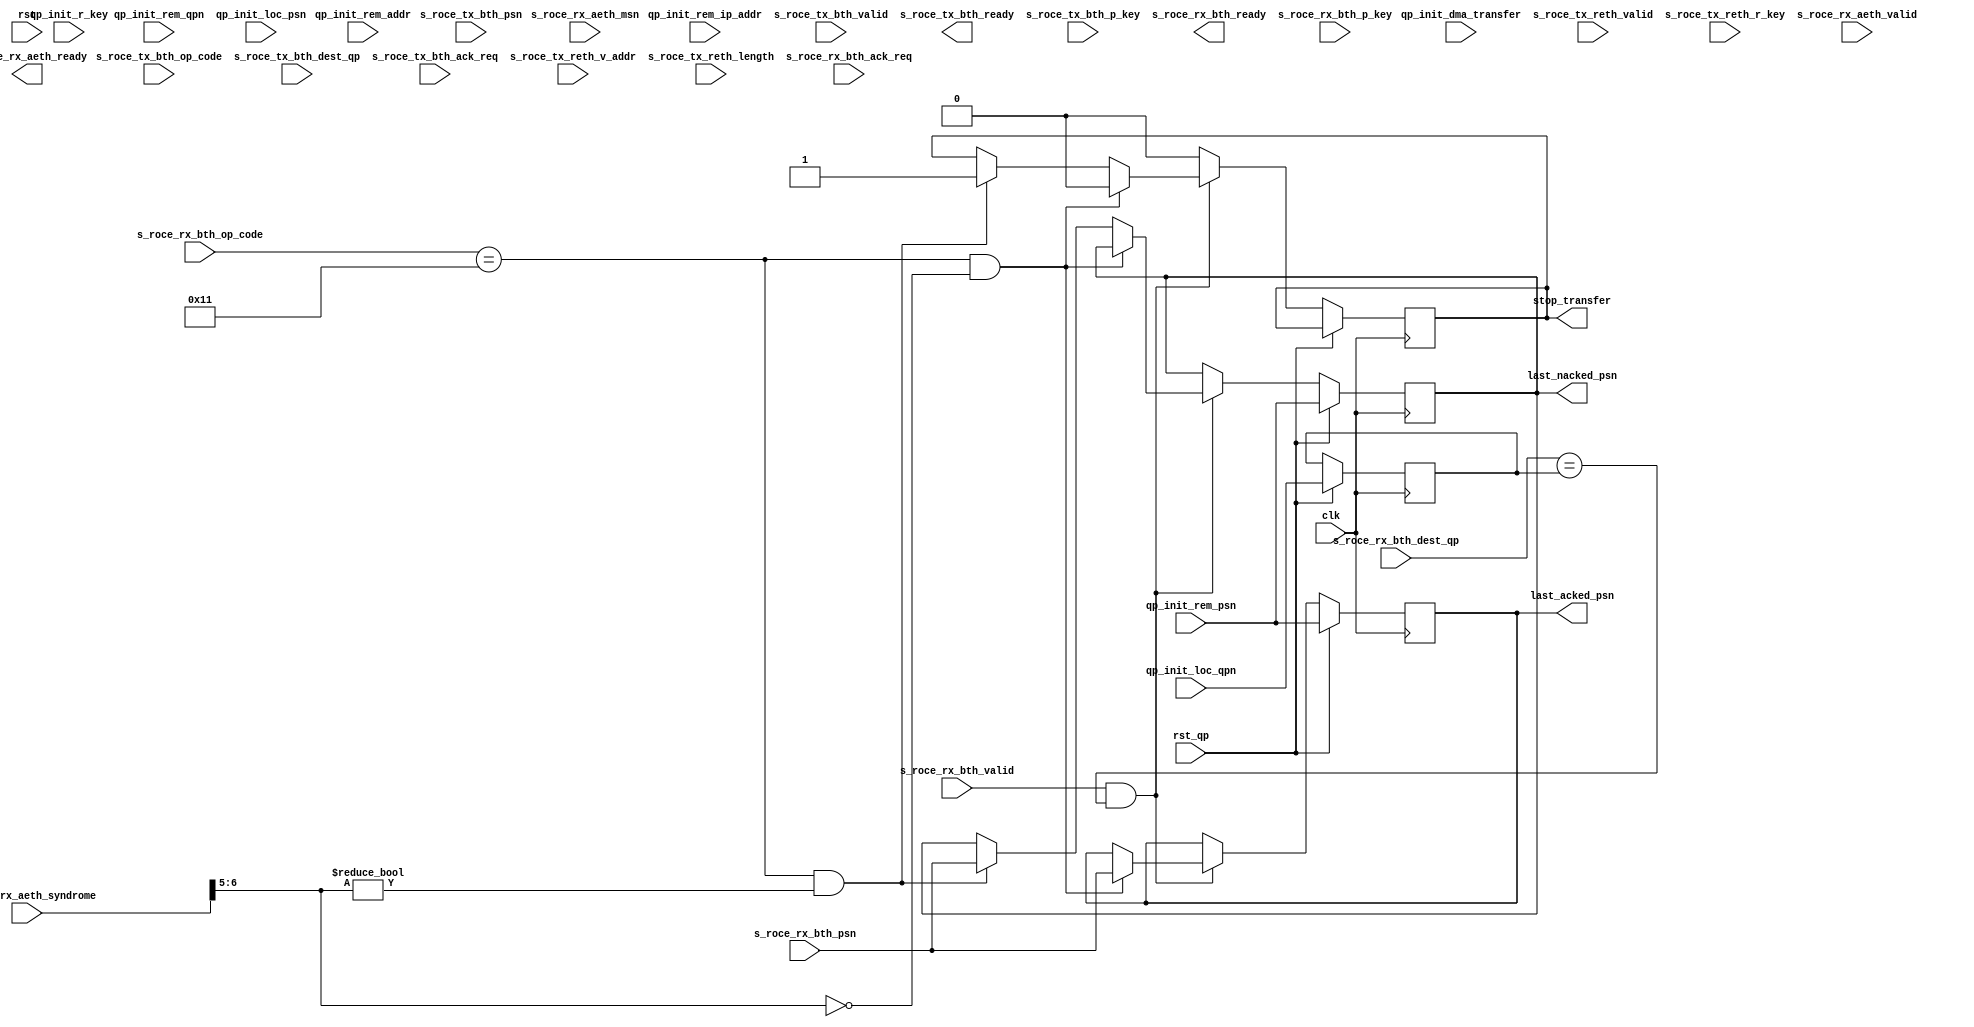
`resetall `timescale 1ns / 1ps `default_nettype none


module RoCE_qp_state_module #(
    parameter REM_ADDR_WIDTH = 32
) (
    input wire clk,
    input wire rst,

    input wire rst_qp,

    input wire [31:0] qp_init_dma_transfer,
    input wire [31:0] qp_init_r_key,
    input wire [23:0] qp_init_rem_qpn,
    input wire [23:0] qp_init_loc_qpn,
    input wire [23:0] qp_init_rem_psn,
    input wire [23:0] qp_init_loc_psn,
    input wire [31:0] qp_init_rem_ip_addr,
    input wire [63:0] qp_init_rem_addr,

    // TX BTH
    input  wire        s_roce_tx_bth_valid,
    output wire        s_roce_tx_bth_ready,
    input  wire [ 7:0] s_roce_tx_bth_op_code,
    input  wire [15:0] s_roce_tx_bth_p_key,
    input  wire [23:0] s_roce_tx_bth_psn,
    input  wire [23:0] s_roce_tx_bth_dest_qp,
    input  wire        s_roce_tx_bth_ack_req,
    // TX RETH
    // RETH           
    input  wire        s_roce_tx_reth_valid,
    input  wire [63:0] s_roce_tx_reth_v_addr,
    input  wire [31:0] s_roce_tx_reth_r_key,
    input  wire [31:0] s_roce_tx_reth_length,

    // RX BTH
    input  wire        s_roce_rx_bth_valid,
    output wire        s_roce_rx_bth_ready,
    input  wire [ 7:0] s_roce_rx_bth_op_code,
    input  wire [15:0] s_roce_rx_bth_p_key,
    input  wire [23:0] s_roce_rx_bth_psn,
    input  wire [23:0] s_roce_rx_bth_dest_qp,
    input  wire        s_roce_rx_bth_ack_req,
    // AETH                  
    input  wire        s_roce_rx_aeth_valid,
    output wire        s_roce_rx_aeth_ready,
    input  wire [ 7:0] s_roce_rx_aeth_syndrome,
    input  wire [23:0] s_roce_rx_aeth_msn,


    output wire [23:0] last_acked_psn,
    output wire [23:0] last_nacked_psn,
    output wire stop_transfer



);

  localparam [7:0]
    RC_RDMA_WRITE_FIRST   = 8'h06,
    RC_RDMA_WRITE_MIDDLE  = 8'h07,
    RC_RDMA_WRITE_LAST    = 8'h08,
    RC_RDMA_WRITE_LAST_IMD= 8'h09,
    RC_RDMA_WRITE_ONLY    = 8'h0A,
    RC_RDMA_WRITE_ONLY_IMD= 8'h0B,
    RC_RDMA_ACK           = 8'h11;

  localparam [2:0] STATE_IDLE = 3'd0, STATE_UPDATE_QP = 3'd1;

  reg [2:0] state_reg = STATE_IDLE, state_next;


  reg [31:0] dma_transfer_reg;
  reg [31:0] r_key_reg;
  reg [23:0] rem_qpn_reg;
  reg [23:0] loc_qpn_reg;
  reg [23:0] rem_psn_reg;
  reg [23:0] loc_psn_reg;
  reg [31:0] rem_ip_addr_reg;
  reg [63:0] rem_addr_reg;

  reg [REM_ADDR_WIDTH-1:0] rem_addr_offset_reg;

  reg [23:0] last_psn;
  reg [23:0] last_acked_psn_reg;
  reg [23:0] last_nacked_psn_reg;

  reg udapte_qp_state_reg;
  reg stop_transfer_reg;

  // TX side 
  always @(posedge clk) begin
    if (rst_qp) begin
      dma_transfer_reg    <= qp_init_dma_transfer;
      r_key_reg           <= qp_init_r_key;
      rem_qpn_reg         <= qp_init_rem_qpn;
      rem_psn_reg         <= qp_init_rem_psn;
      rem_ip_addr_reg     <= qp_init_rem_ip_addr;
      rem_addr_reg        <= qp_init_rem_addr;
      rem_addr_offset_reg <= {REM_ADDR_WIDTH{1'b0}};
      last_psn            <= 24'd0;
    end else begin

      /*
      if (s_roce_tx_reth_valid && s_roce_rx_bth_valid && s_roce_tx_bth_dest_qp == rem_qpn_reg) begin
        rem_addr_reg <= s_roce_tx_reth_v_addr;
        rem_addr_offset_reg <= s_roce_tx_reth_length;
      end
      */

      if (s_roce_tx_bth_valid && s_roce_tx_bth_dest_qp == rem_qpn_reg) begin
        rem_psn_reg <= s_roce_tx_bth_psn;
        if (s_roce_tx_reth_valid) begin
          rem_addr_offset_reg <= dma_transfer_reg[REM_ADDR_WIDTH-1:0];
        end
        if (s_roce_tx_bth_op_code == RC_RDMA_WRITE_LAST || s_roce_tx_bth_op_code == RC_RDMA_WRITE_ONLY || 
            s_roce_tx_bth_op_code == RC_RDMA_WRITE_ONLY_IMD || s_roce_tx_bth_op_code == RC_RDMA_WRITE_LAST_IMD
        ) begin
          last_psn <= s_roce_tx_bth_psn;
          rem_addr_offset_reg <= dma_transfer_reg[REM_ADDR_WIDTH-1:0];
          rem_addr_reg[REM_ADDR_WIDTH-1:0] <= rem_addr_reg[REM_ADDR_WIDTH-1:0] + rem_addr_offset_reg[REM_ADDR_WIDTH-1:0];
          rem_addr_reg[63:REM_ADDR_WIDTH] <= rem_addr_reg[63:REM_ADDR_WIDTH];
          udapte_qp_state_reg <= 1'b1;
        end
      end else begin
        udapte_qp_state_reg <= 1'b0;
      end
    end
  end

  // RX side 
  always @(posedge clk) begin
    if (rst_qp) begin
      loc_qpn_reg         <= qp_init_loc_qpn;
      loc_psn_reg         <= qp_init_loc_psn;
      last_acked_psn_reg  <= qp_init_rem_psn;
      last_nacked_psn_reg <= qp_init_rem_psn;
    end else begin
      if (s_roce_rx_bth_valid && s_roce_rx_bth_dest_qp == loc_qpn_reg) begin
        if (s_roce_rx_bth_op_code == RC_RDMA_ACK && s_roce_rx_aeth_syndrome[6:5] == 2'b00) begin
          last_acked_psn_reg <= s_roce_rx_bth_psn;
          stop_transfer_reg  <= 1'b0;
        end else if (s_roce_rx_bth_op_code == RC_RDMA_ACK && s_roce_rx_aeth_syndrome[6:5] != 2'b00) begin
          last_nacked_psn_reg <= s_roce_rx_bth_psn;
          stop_transfer_reg   <= 1'b1;
        end
      end else begin
        stop_transfer_reg <= 1'b0;
      end
    end
  end


  assign last_acked_psn  = last_acked_psn_reg;
  assign last_nacked_psn = last_nacked_psn_reg;
  assign stop_transfer   = stop_transfer_reg;

endmodule

`resetall